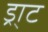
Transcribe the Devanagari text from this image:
ड्रा्ट